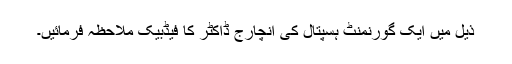
ذیل میں ایک گورنمنٹ ہسپتال کی انچارج ڈاکٹر کا فیڈبیک ملاحظہ فرمائیں۔